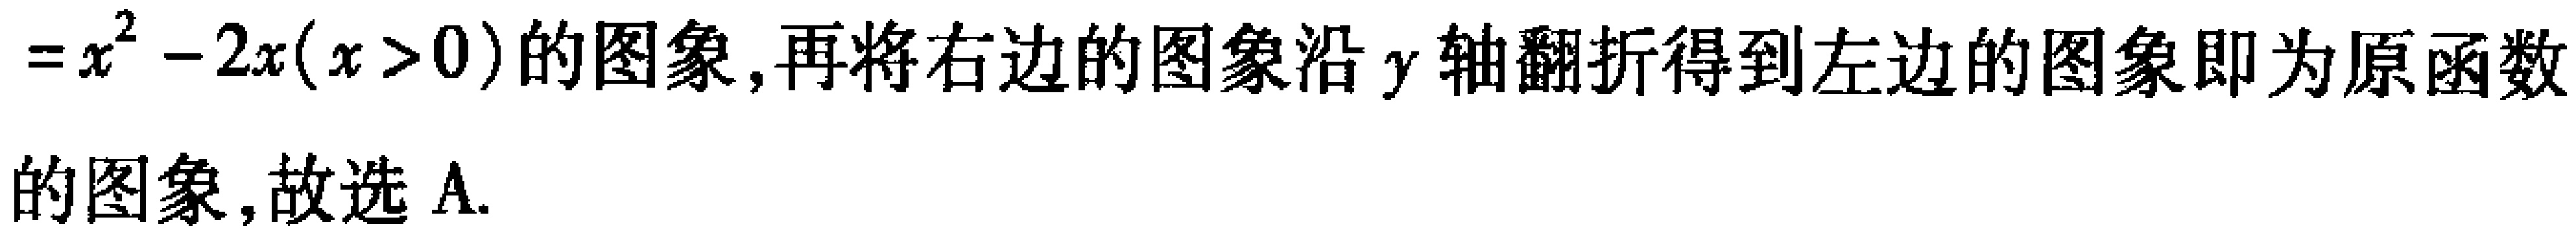
$=x^{2}-2x(x > 0)的图象,再将右边的图象沿y轴翻折得到左边的图象即为原函数的图象,故选A.$